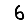
Digit: 6